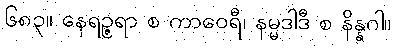
၆၈၃။ နေရဉ္ဇရာ စ ကာဝေရီ၊ နမ္မဒါဒီ စ နိန္နဂါ။